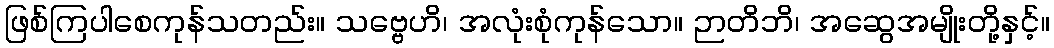
ဖြစ်ကြပါစေကုန်သတည်း။ သဗ္ဗေဟိ၊ အလုံးစုံကုန်သော။ ဉာတိဘိ၊ အဆွေအမျိုးတို့နှင့်။